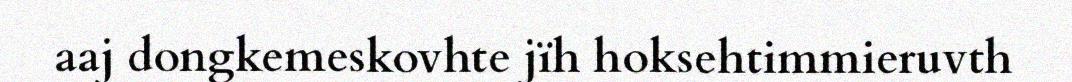
aaj dongkemeskovhte jïh hoksehtimmieruvth